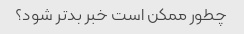
چطور ممکن است خبر بدتر شود؟